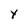
Character: Y